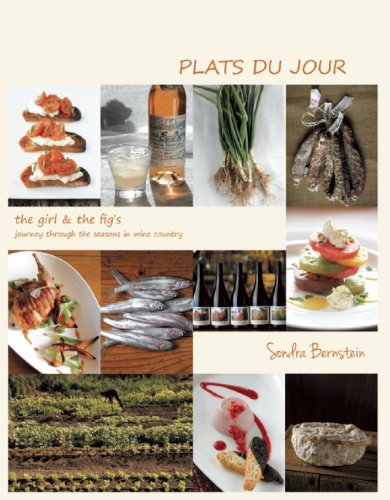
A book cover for Plats du Jour: the girl & the fig's Journey Through the Seasons in Wine Country; Sondra Bernstein; Cookbooks, Food & Wine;